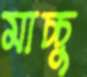
মাচ্চু